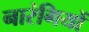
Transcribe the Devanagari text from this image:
नारंगियों